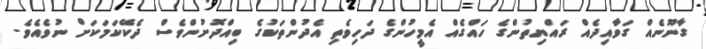
ގާނޫނެއް ގަވާއިދެއް ރައްޔިތުންގެ ހައްގެއް އެމީހުންގެ ދަހިވެތި އެދުންތަކުގެ ބިއްދޮށުންވެސް ދެކޭކަމަކަށް ނުވެއެވެ.